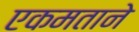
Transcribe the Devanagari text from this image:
एकमताने